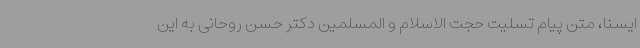
ایسنا، متن پیام تسلیت حجت الاسلام و المسلمین دکتر حسن روحانی به این